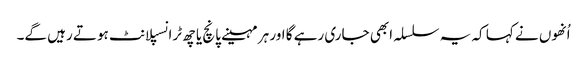
اُنھوں نے کہا کہ یہ سلسلہ ابھی جاری رہے گا اور ہر مہینے پانچ یا چھ ٹرانسپلانٹ ہوتے رہیں گے۔